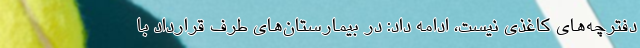
دفترچه‌های کاغذی نیست، ادامه داد: در بیمارستان‌های طرف قرارداد با